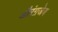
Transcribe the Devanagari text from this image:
औरंग़जेब